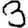
Digit: 3